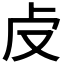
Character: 𠧘